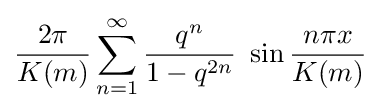
{\frac {2\pi }{K(m)}}\sum _{n=1}^{\infty }{\frac {q^{n}}{1-q^{2n}}}~\sin {\frac {n\pi x}{K(m)}}